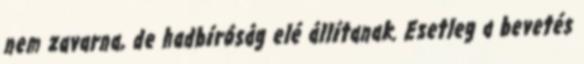
nem zavarna, de hadbíróság elé állítanak. Esetleg a bevetés